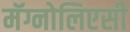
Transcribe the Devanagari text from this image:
मॅग्नोलिएसी